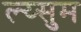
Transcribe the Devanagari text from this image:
ल्य्सुम